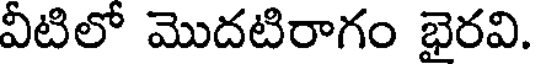
వీటిలో మొదటిరాగం భైరవి.